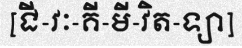
[ជី-វៈ-គី-មី-វិត-ទ្យា]